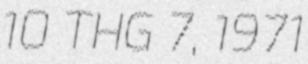
10 THG 7, 1971